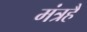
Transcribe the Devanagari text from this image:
मंत्रहै